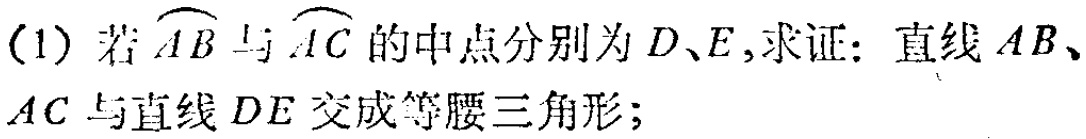
(1) 若$\overset{\frown}{AB}$与$\overset{\frown}{AC}$的中点分别为$D、E$,求证：直线$AB、AC$与直线$DE$交成等腰三角形；